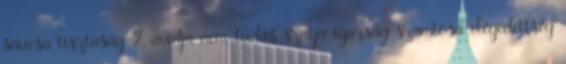
saucsa tisztaság 2. avidjá nem-tudás szatja igazság szamtósa elégedettség